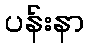
ပန်းနာ